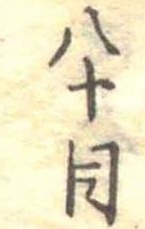
八十目